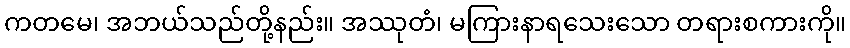
ကတမေ၊ အဘယ်သည်တို့နည်း။ အဿုတံ၊ မကြားနာရသေးသော တရားစကားကို။